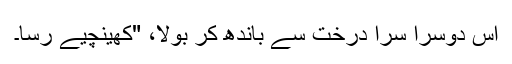
اس دوسرا سِرا درخت سے باندھ کر بولا، "کھینچیے رسّا۔